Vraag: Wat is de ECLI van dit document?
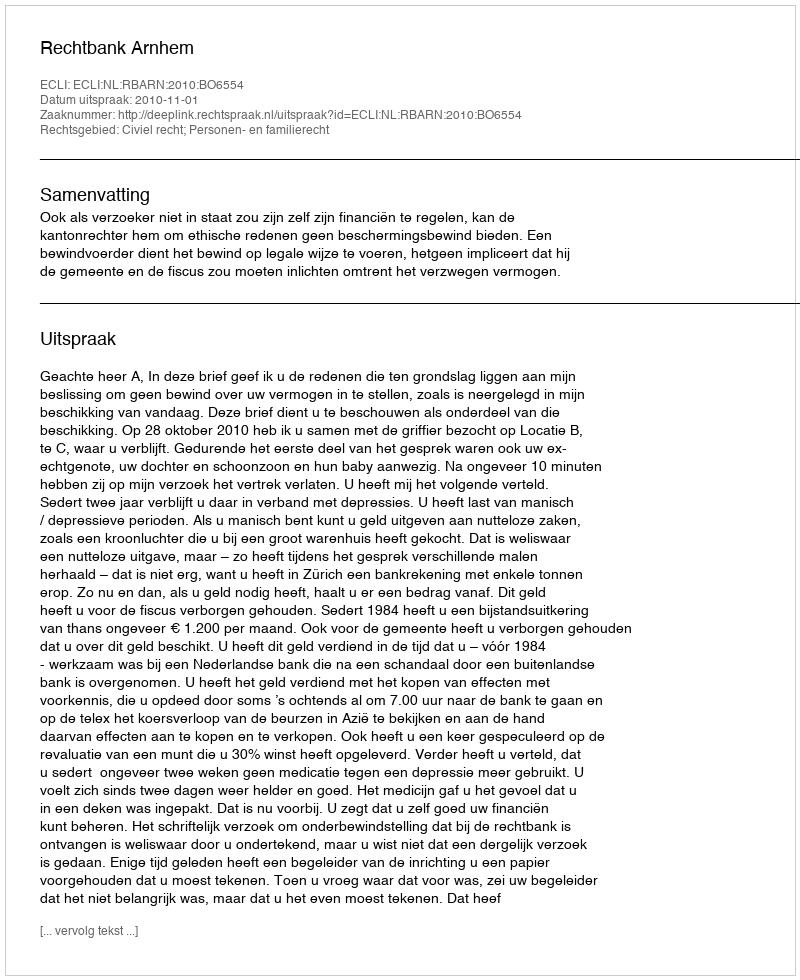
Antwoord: ECLI:NL:RBARN:2010:BO6554